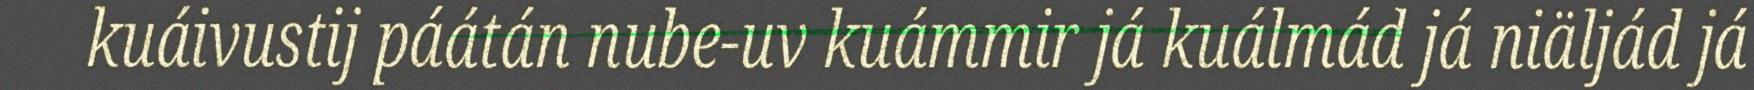
kuáivustij páátán nube-uv kuámmir já kuálmád já niäljád já